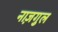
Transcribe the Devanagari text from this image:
नाज़गुल